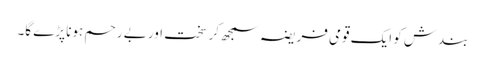
بندش کو ایک قومی فریضہ سمجھ کر سخت اور بے رحم ہونا پڑے گا۔